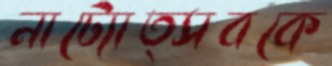
নাট্যোত্সবকে